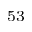
^ { 5 3 }